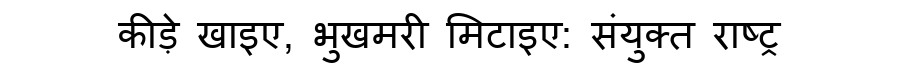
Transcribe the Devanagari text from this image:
कीड़े खाइए, भुखमरी मिटाइए: संयुक्त राष्ट्र